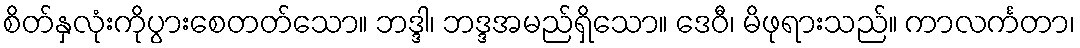
စိတ်နှလုံးကိုပွားစေတတ်သော။ ဘဒ္ဒါ၊ ဘဒ္ဒအမည်ရှိသော။ ဒေဝီ၊ မိဖုရားသည်။ ကာလင်္ကတာ၊